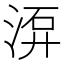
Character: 𣷮